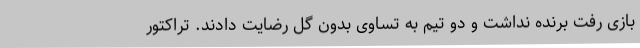
بازی رفت برنده نداشت و دو تیم به تساوی بدون گل رضایت دادند. تراکتور